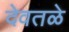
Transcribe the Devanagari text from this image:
देवतळे